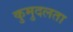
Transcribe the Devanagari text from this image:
कुमुदलता